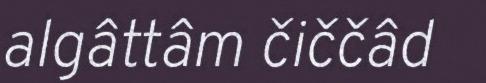
algâttâm čiččâd